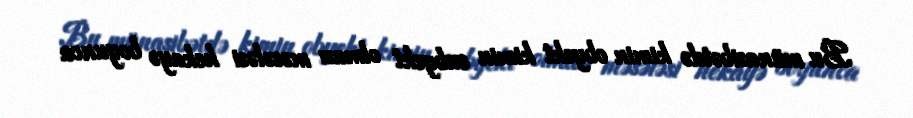
Bu münasibətdə kimin obyekt kimin subyekt olması məsələsi hekayə boyunca